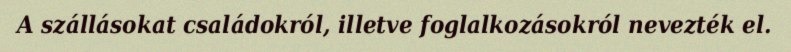
A szállásokat családokról, illetve foglalkozásokról nevezték el.